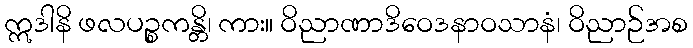
ဣဒါနိ ဖလပဉ္စကန္တိ၊ ကား။ ဝိညာဏာဒိဝေဒနာဝသာနံ၊ ဝိညာဉ်အစ